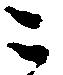
ニ